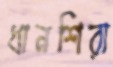
ধানশিরা